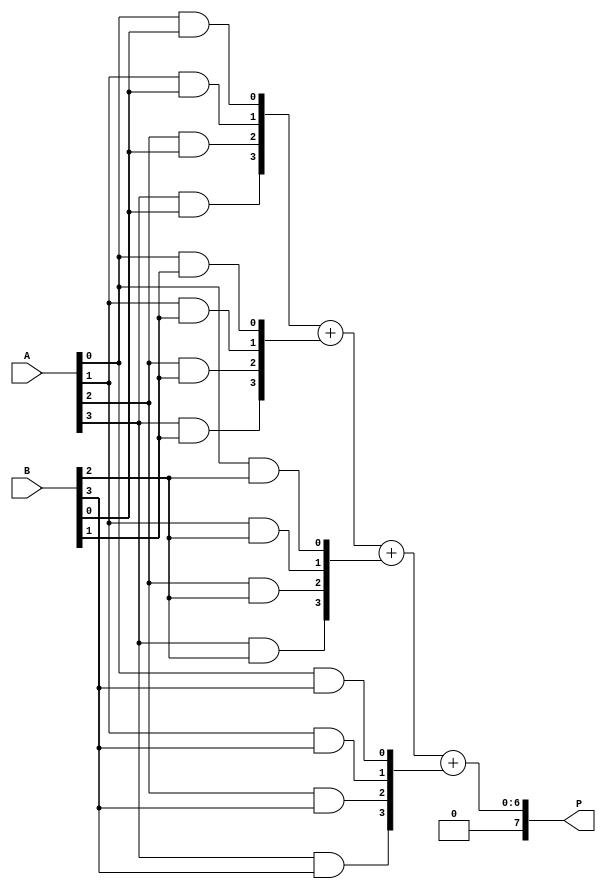
module array_multiplier #(parameter N = 4) (
    input  [N-1:0] A,  // N-bit operand A
    input  [N-1:0] B,  // N-bit operand B
    output [2*N-1:0] P // 2N-bit product
);

    // Partial products array
    wire [N-1:0] pp [0:N-1]; // pp[i] = partial product for B[i]

    // Generate partial products using AND gates
    genvar i, j;
    generate
        for (i = 0; i < N; i = i + 1) begin : pp_gen
            for (j = 0; j < N; j = j + 1) begin : and_gen
                assign pp[i][j] = A[j] & B[i]; // AND gate
            end
        end
    endgenerate

    // Sum the partial products
    wire [2*N-1:0] sum [0:N-1]; // Sum of partial products
    assign sum[0] = {N'b0, pp[0]}; // First partial product aligned

    // Add partial products using a simple tree structure
    generate
        for (i = 1; i < N; i = i + 1) begin : adder_tree
            assign sum[i] = sum[i-1] + {i'b0, pp[i]}; // Align and add
        end
    endgenerate

    // Final product output
    assign P = sum[N-1];

endmodule